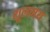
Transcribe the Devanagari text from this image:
शूलमय